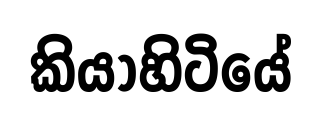
කියාහිටියේ